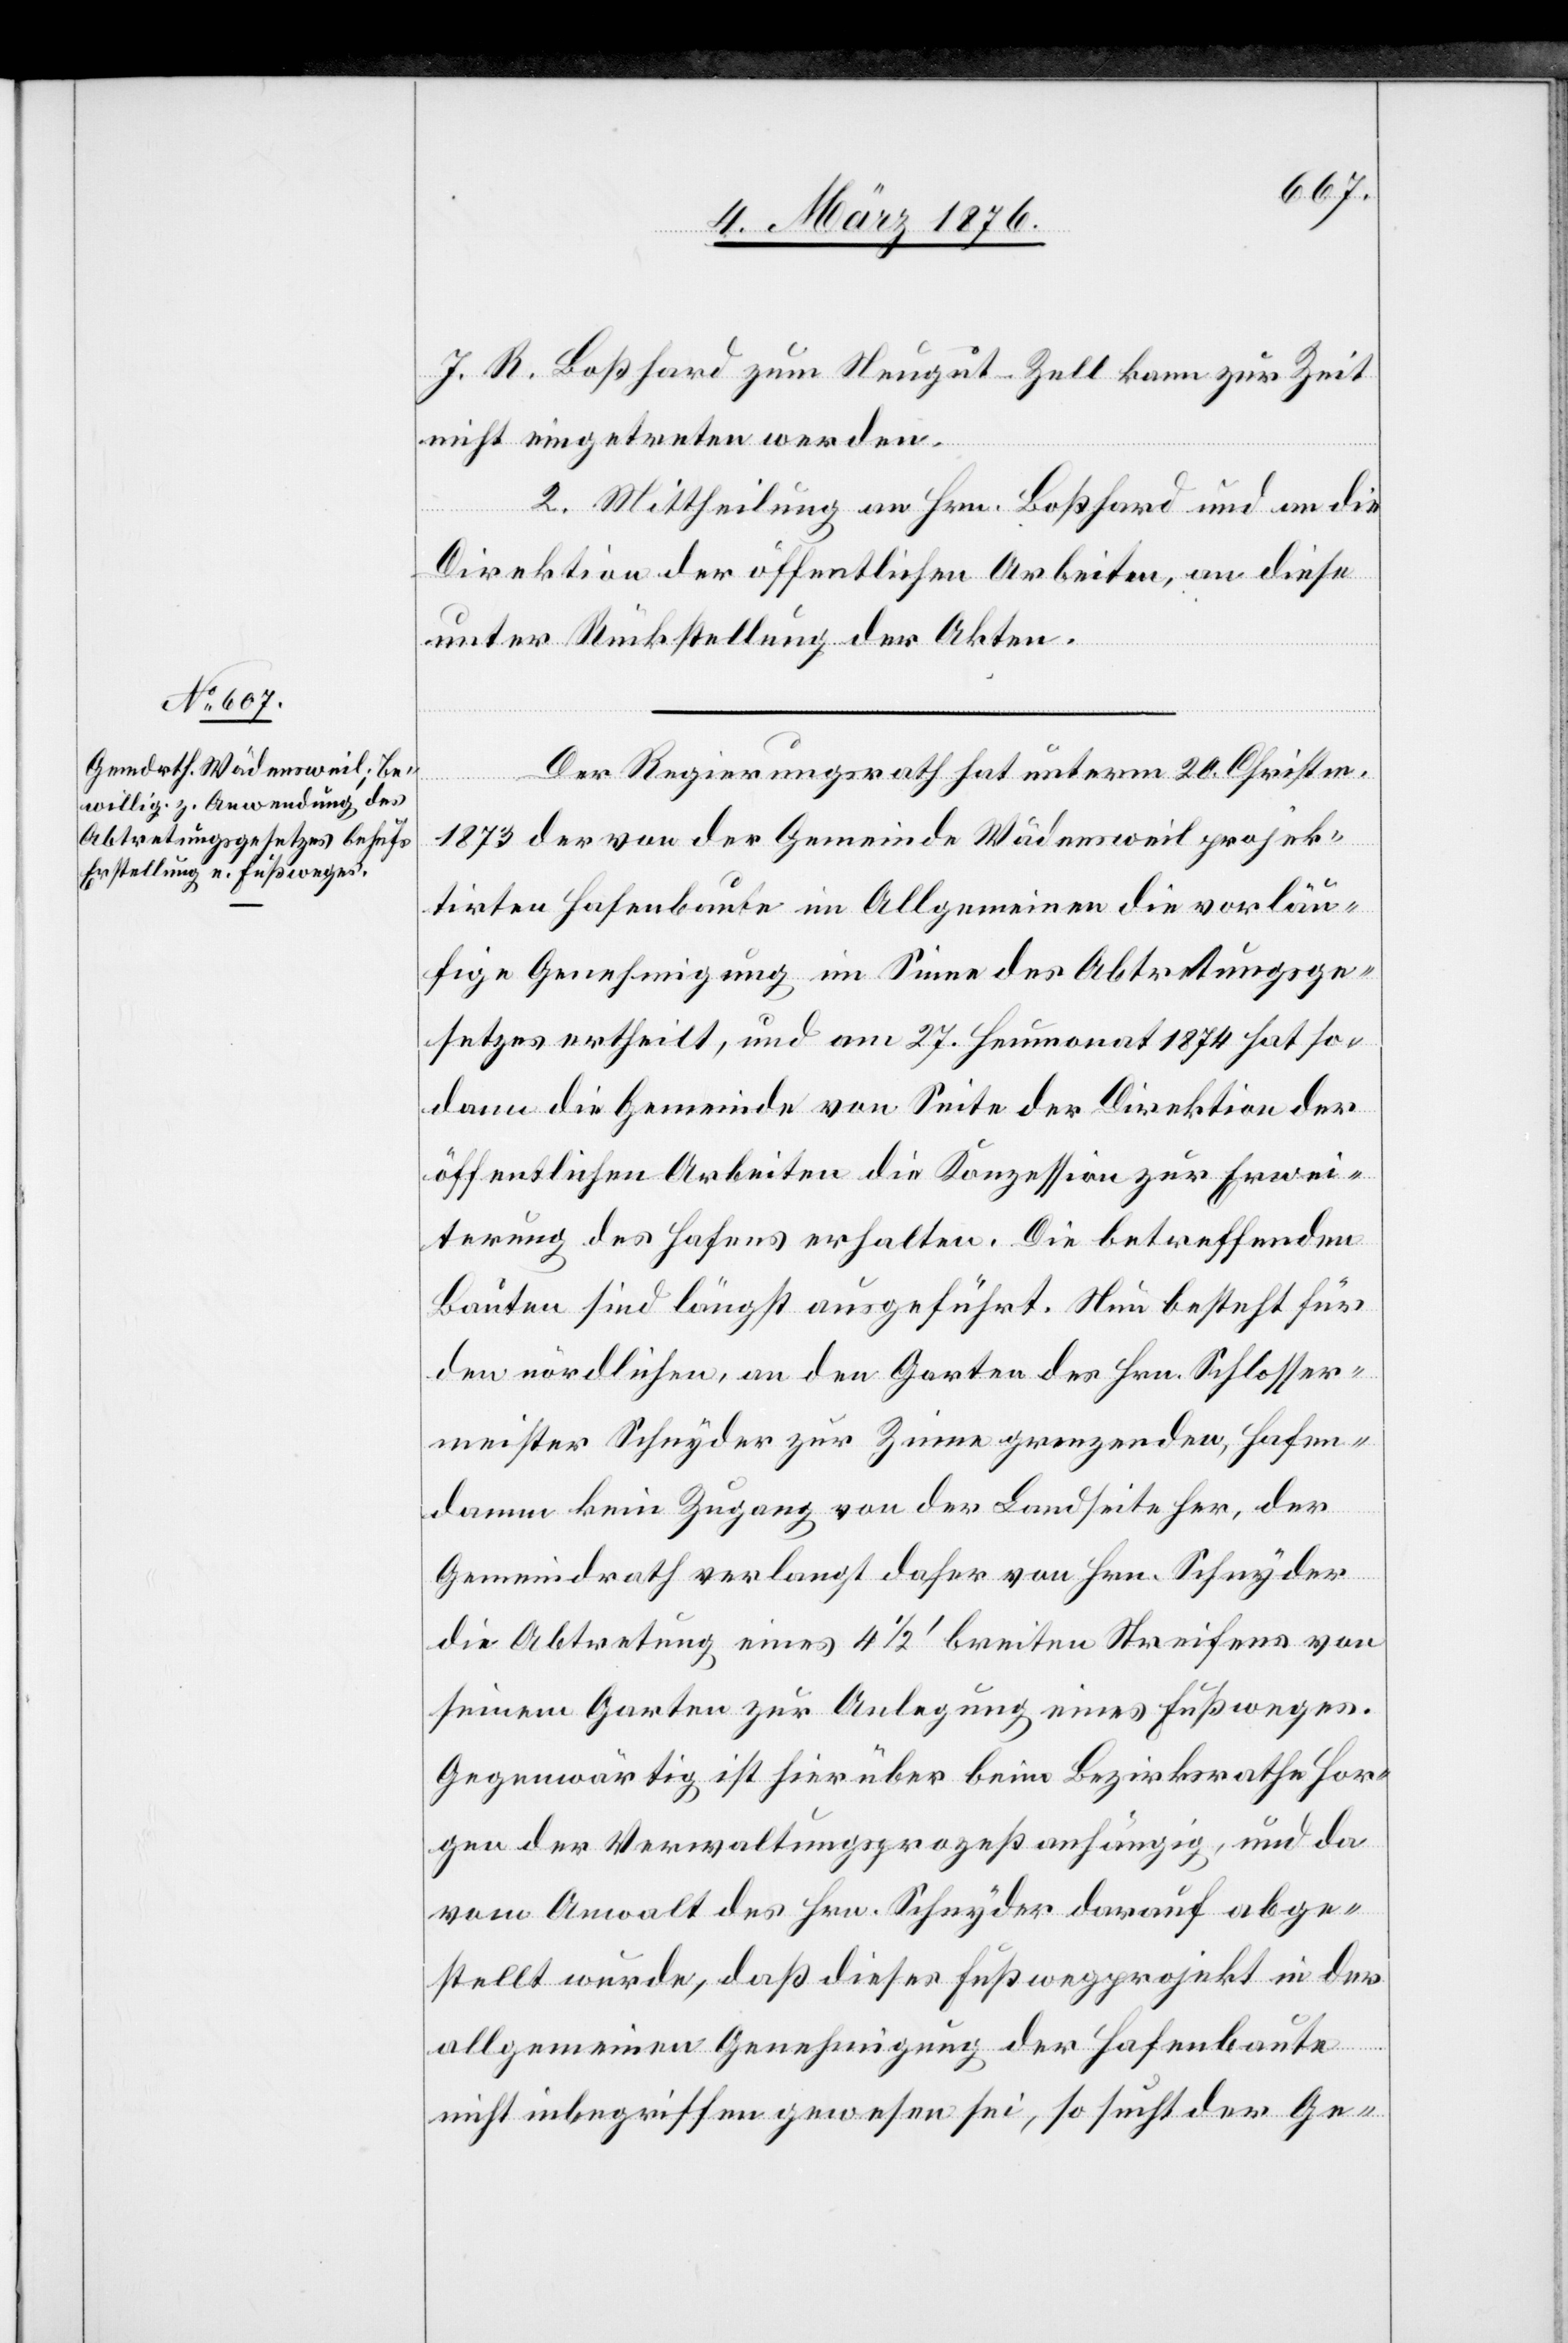
J. R. Boßhard zum Heugut-Zell kann zur Zeit
nicht eingetreten werden.
2. Mittheilung an Hrn. Boßhard und an die
Direktion der öffentlichen Arbeiten, an diese
unter Rückstellung der Akten.
Der Regierungsrath hat unterm 20. Christm.
1873 der von der Gemeinde Wädensweil projek¬
tirten Hafenbaute im Allgemeinen die vorläu¬
fige Genehmigung im Sinne des Abtretungsge¬
setzes ertheilt, und am 27. Heumonat 1874 hat so¬
dann die Gemeinde von Seite der Direktion der
öffentlichen Arbeiten die Konzession zur Erwei¬
terung des Hafens erhalten. Die betreffenden
Bauten sind längst ausgeführt. Nun besteht für
den nördlichen, an den Garten des Hrn. Schlosser¬
meister Schnyder zur Zinne grenzenden, Hafen¬
damm kein Zugang von der Landseite her, der
Gemeindrath verlangt daher von Hrn. Schnyder
die Abtretung eines 4 1/2 Fuß breiten Streifens von
seinem Garten zur Anlegung eines Fußweges.
Gegenwärtig ist hierüber beim Bezirksrathe Hor¬
gen der Verwaltungsprozeß anhängig, und da
vom Anwalt des Hrn. Schnyder darauf abge¬
stellt wurde, daß dieses Fußwegprojekt in der
allgemeinen Genehmigung der Hafenbaute
nicht inbegriffen gewesen sei, so sucht der Ge-